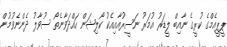
ޕީޕީއެމްގެ ކުރީގެ ނާއިބް ލީޑަރު އުމަރު ނަސީރުއާއިއެކު ކޯލިޝަން ހައްދަވާނެތޯ ސުވާލު ދެންނެވުމުން